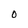
Character: O